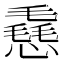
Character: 㦌